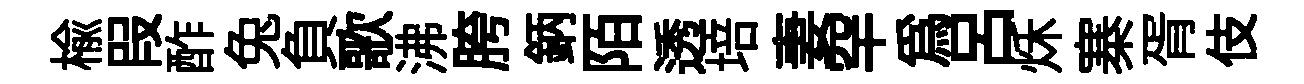
榆叚酢兔負歌沸胯鈵陌透培妻罕為呂秌寨胥伎